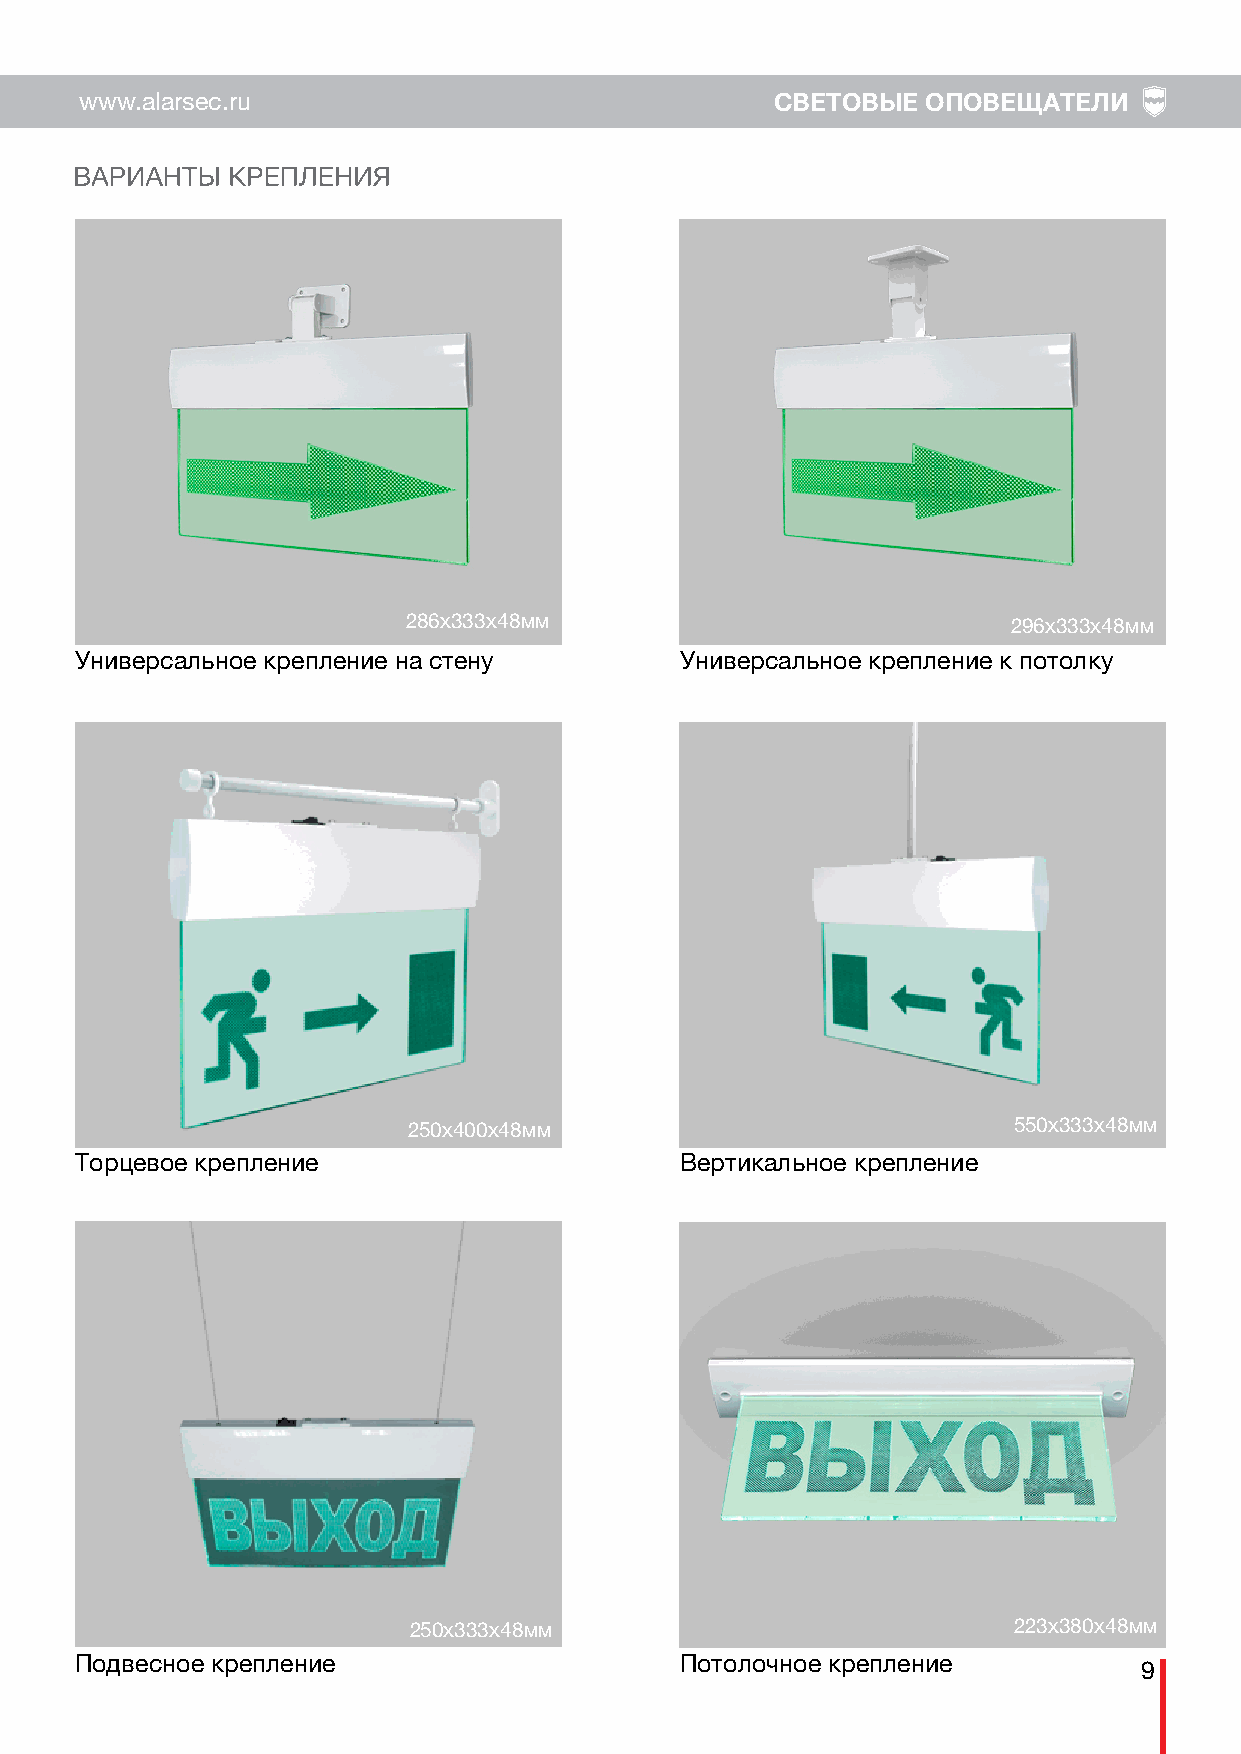
www.alarsec.ru                                СВЕТОВЫЕ  ОПОВЕЩАТЕЛИ
 286х333х48мм                            296х333х48мм
 Универсальное крепление на стену        Универсальное крепление к потолку
 250х400х48мм                            550х333х48мм
 Торцевое крепление                      Вертикальное крепление
 250х333х48мм                            223х380х48мм
 Подвесное крепление                     Потолочное крепление
 9